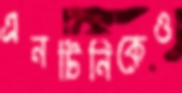
এনটিনিকেও